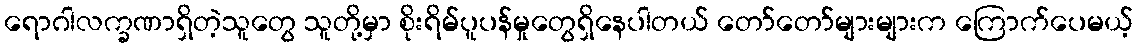
ရောဂါလက္ခဏာရှိတဲ့သူတွေ သူတို့မှာ စိုးရိမ်ပူပန်မှုတွေရှိနေပါတယ် တော်တော်များများက ကြောက်ပေမယ့်